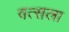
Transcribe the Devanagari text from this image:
वत्‍सला